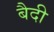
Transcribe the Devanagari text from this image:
बैदी